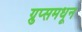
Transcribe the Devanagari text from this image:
ग्रुप्समधून